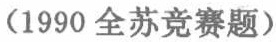
（1990 全苏竞赛题）